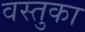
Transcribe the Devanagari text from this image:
वस्‍तुका